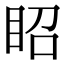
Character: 眧